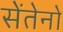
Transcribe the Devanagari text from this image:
सेंतेनो